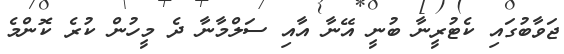
ޖަވާބުގައި ކެޓުރީނާ ބުނީ އޭނާ އާއި ސަލްމާނާ ދެ މީހުން ކުރެ ކޮންމެ